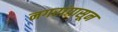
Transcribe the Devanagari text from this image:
नगरांपासून